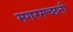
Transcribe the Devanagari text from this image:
मगरमच्छनी